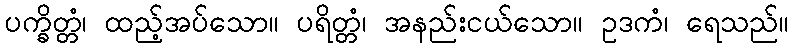
ပက္ခိတ္တံ၊ ထည့်အပ်သော။ ပရိတ္တံ၊ အနည်းငယ်သော။ ဥဒကံ၊ ရေသည်။